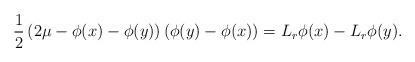
LaTeX: \begin{align*}\frac{1}{2}\left( 2\mu-\phi(x)-\phi(y) \right)\left(\phi(y)-\phi(x)\right)=L_r\phi(x)-L_r\phi(y).\end{align*}